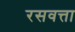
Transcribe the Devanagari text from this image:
रसवत्ता